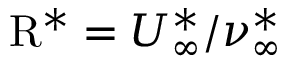
\mathrm { R } ^ { \ast } = U _ { \infty } ^ { \ast } / \nu _ { \infty } ^ { \ast }